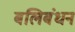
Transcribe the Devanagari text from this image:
बलिबंधन